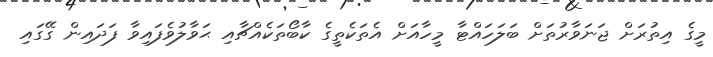
މީގެ އިތުރަށް ޖަނަވާރުތަށް ބަލަހައްޓާ މީހާއަށް އެތަކެތީގެ ކާބޯތަކެއްޗާއި ޙަވާލުވެފައިވާ ފަދައިން ގޭގައި